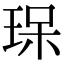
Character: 𤥯